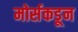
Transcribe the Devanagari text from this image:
मोर्सकडून